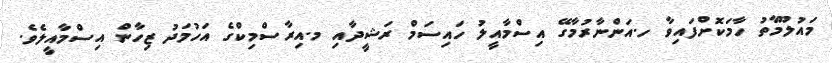
މައުލޫމާތު ހާމަކޮށްފައިވާ ހ.އަންނާރުމާގޭ އިސްމާއީލު ހައިސަމް ރަޝީދާއި މ.އިރާސްމިކްގެ އަހުމަދު ޒިހާން އިސްމާއީލެވެ.